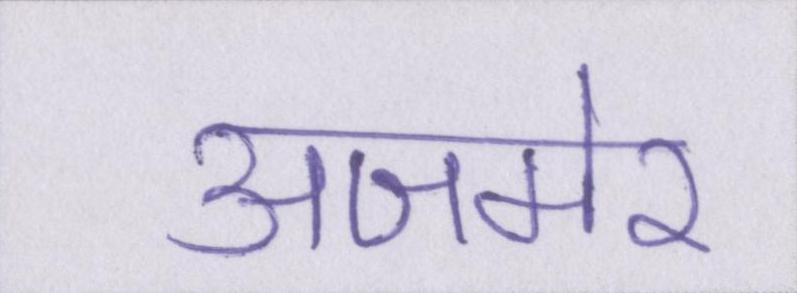
अजमेर